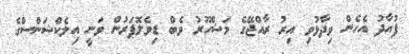
ފުއާދު އެހެން ވިދާޅުވި އިރު ރާއްޖޭގެ މަޝްހޫރު ވެބް ޑިވެލޮޕަރުން ވަނީ އިލެކްޝަންސްގެ